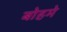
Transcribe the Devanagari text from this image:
बोहमे